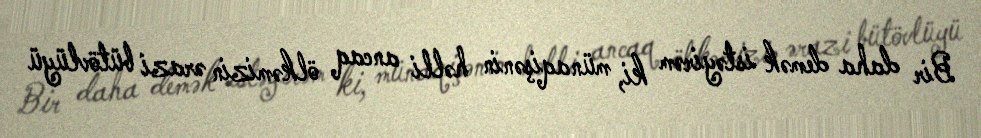
Bir daha demək istəyirəm ki, münaqişənin həlli ancaq ölkəmizin ərazi bütövlüyü